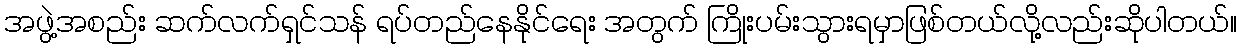
အဖွဲ့အစည်း ဆက်လက်ရှင်သန် ရပ်တည်နေနိုင်ရေး အတွက် ကြိုးပမ်းသွားရမှာဖြစ်တယ်လို့လည်းဆိုပါတယ်။